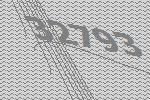
32793